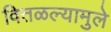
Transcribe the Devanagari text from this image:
वितळल्यामुले